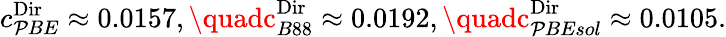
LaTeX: c_{\mathcal{P}BE}^{\textnormal{Dir}}\approx0.0157,\quadc_{B88}^{\textnormal{Dir}}\approx0.0192,\quadc_{\mathcal{P}BEsol}^{\textnormal{Dir}}\approx0.0105.